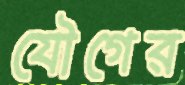
যৌগের